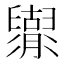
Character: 𦦬